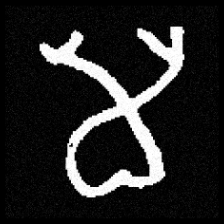
Pyu character \u2014 Myanmar letter: မ (romanized: ma)